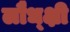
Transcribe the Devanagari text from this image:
लौध्क्षी